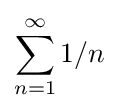
\sum _{n=1}^{\infty }1/n